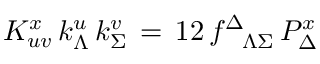
K _ { u v } ^ { x } \, k _ { \Lambda } ^ { u } \, k _ { \Sigma } ^ { v } \, = \, { \o { 1 } { 2 } } \, f _ { \phantom { \Delta } \Lambda \Sigma } ^ { \Delta } \, { \cal P } _ { \Delta } ^ { x }